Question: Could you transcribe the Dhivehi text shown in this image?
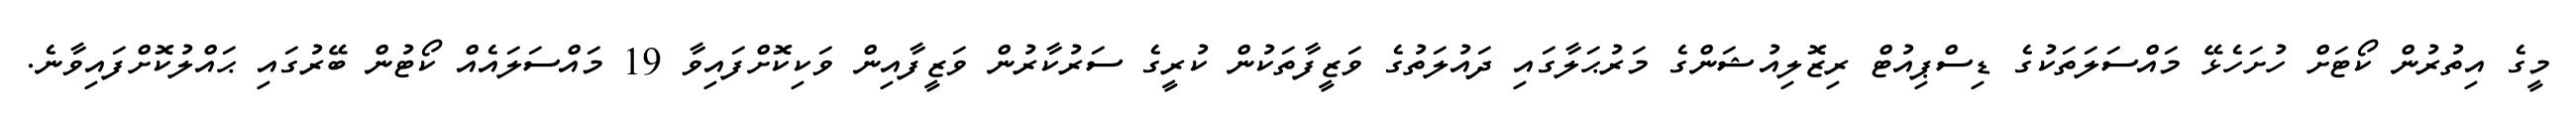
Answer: މީގެ އިތުރުން ކޯޓަށް ހުށަހެޅޭ މައްސަލަތަކުގެ ޑިސްޕިއުޓް ރިޒޮލިއުޝަންގެ މަރުޙަލާގައި ދައުލަތުގެ ވަޒީފާތަކުން ކުރީގެ ސަރުކާރުން ވަޒީފާއިން ވަކިކޮށްފައިވާ 19 މައްސަލައެއް ކޯޓުން ބޭރުގައި ޙައްލުކޮށްފައިވާނެ.